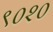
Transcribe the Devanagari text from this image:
९०२०